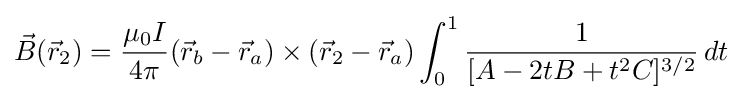
{\vec {B}}({\vec {r}}_{2})={\frac {\mu _{0}I}{4\pi }}({\vec {r}}_{b}-{\vec {r}}_{a})\times ({\vec {r}}_{2}-{\vec {r}}_{a})\int _{0}^{1}{\frac {1}{[A-2tB+t^{2}C]^{3/2}}}\,dt